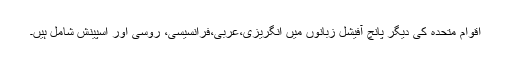
اقوام متحدہ کی دیگر پانچ آفیشل زبانوں میں انگریزی،عربی،فرانسیسی، روسی اور اسپینش شامل ہیں۔